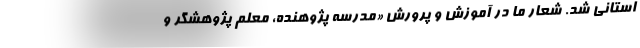
استانی شد. شعار ما در آموزش و پرورش «مدرسه پژوهنده، معلم پژوهشگر و